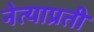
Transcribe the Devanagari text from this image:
नेत्याप्रती